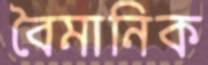
বৈমানিক